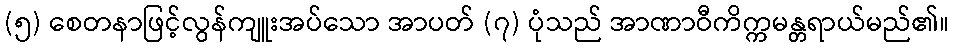
(၅) စေတနာဖြင့်လွန်ကျူးအပ်သော အာပတ် (၇) ပုံသည် အာဏာဝီကိက္ကမန္တရာယ်မည်၏။